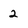
Character: 2